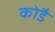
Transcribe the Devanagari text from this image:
कोडै